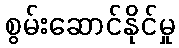
စွမ်းဆောင်နိုင်မှု